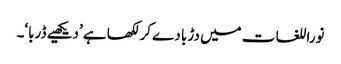
نوراللغات میں دڑبا دے کر لکھا ہے ’دیکھیے ڈربا‘۔